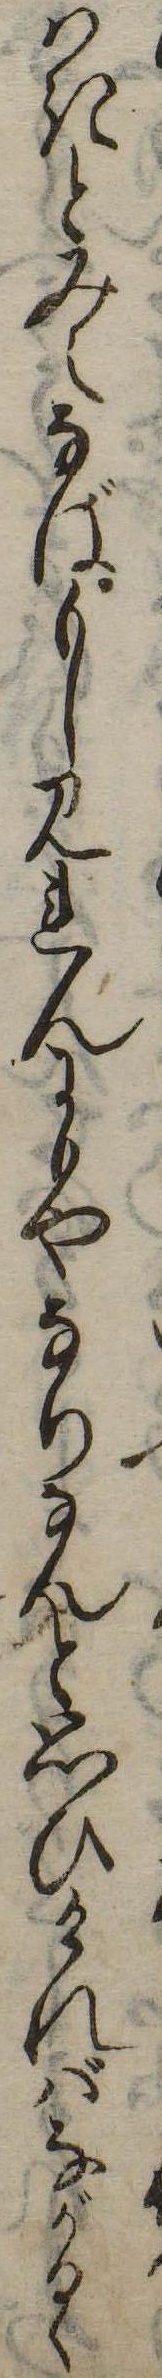
はきとみえなばもしみれんにもやなりなんと思ひければながるゝ